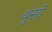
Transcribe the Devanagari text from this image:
थुर्सो